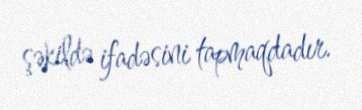
şəkildə ifadəsini tapmaqdadır.